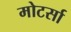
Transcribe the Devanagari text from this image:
मोटर्सा